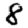
Digit: 8